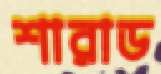
শারাড